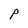
Character: P